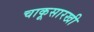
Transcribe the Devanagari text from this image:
चाकूसारखी